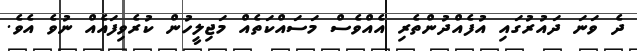
ދެ ވަނަ ދައުރުގައި އުފެއްދުންތެރި އެއްވެސް މަސައްކަތެއް މަޖިލީހުން ކުރެވިފައެއް ނުވެ އެވެ.